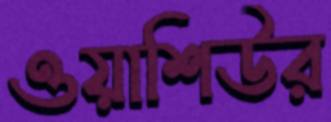
ওয়াশিউর